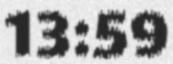
13:59